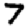
Digit: 7